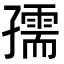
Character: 孺